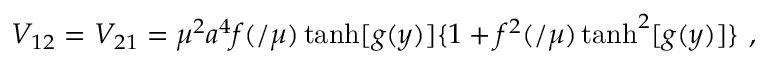
V _ { 1 2 } = V _ { 2 1 } = \mu ^ { 2 } a ^ { 4 } f ( \l / \mu ) \operatorname { t a n h } [ g ( y ) ] \{ 1 + f ^ { 2 } ( \l / \mu ) \operatorname { t a n h } ^ { 2 } [ g ( y ) ] \} ~ ,